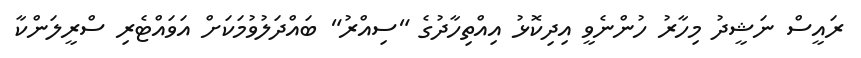
ރައީސް ނަޝީދު މިހާރު ހުންނެވީ އިދިކޮޅު އިއްތިހާދުގެ "ސިއްރު" ބައްދަލުވުމަކަށް އަވައްޓެރި ސްރީލަންކާ